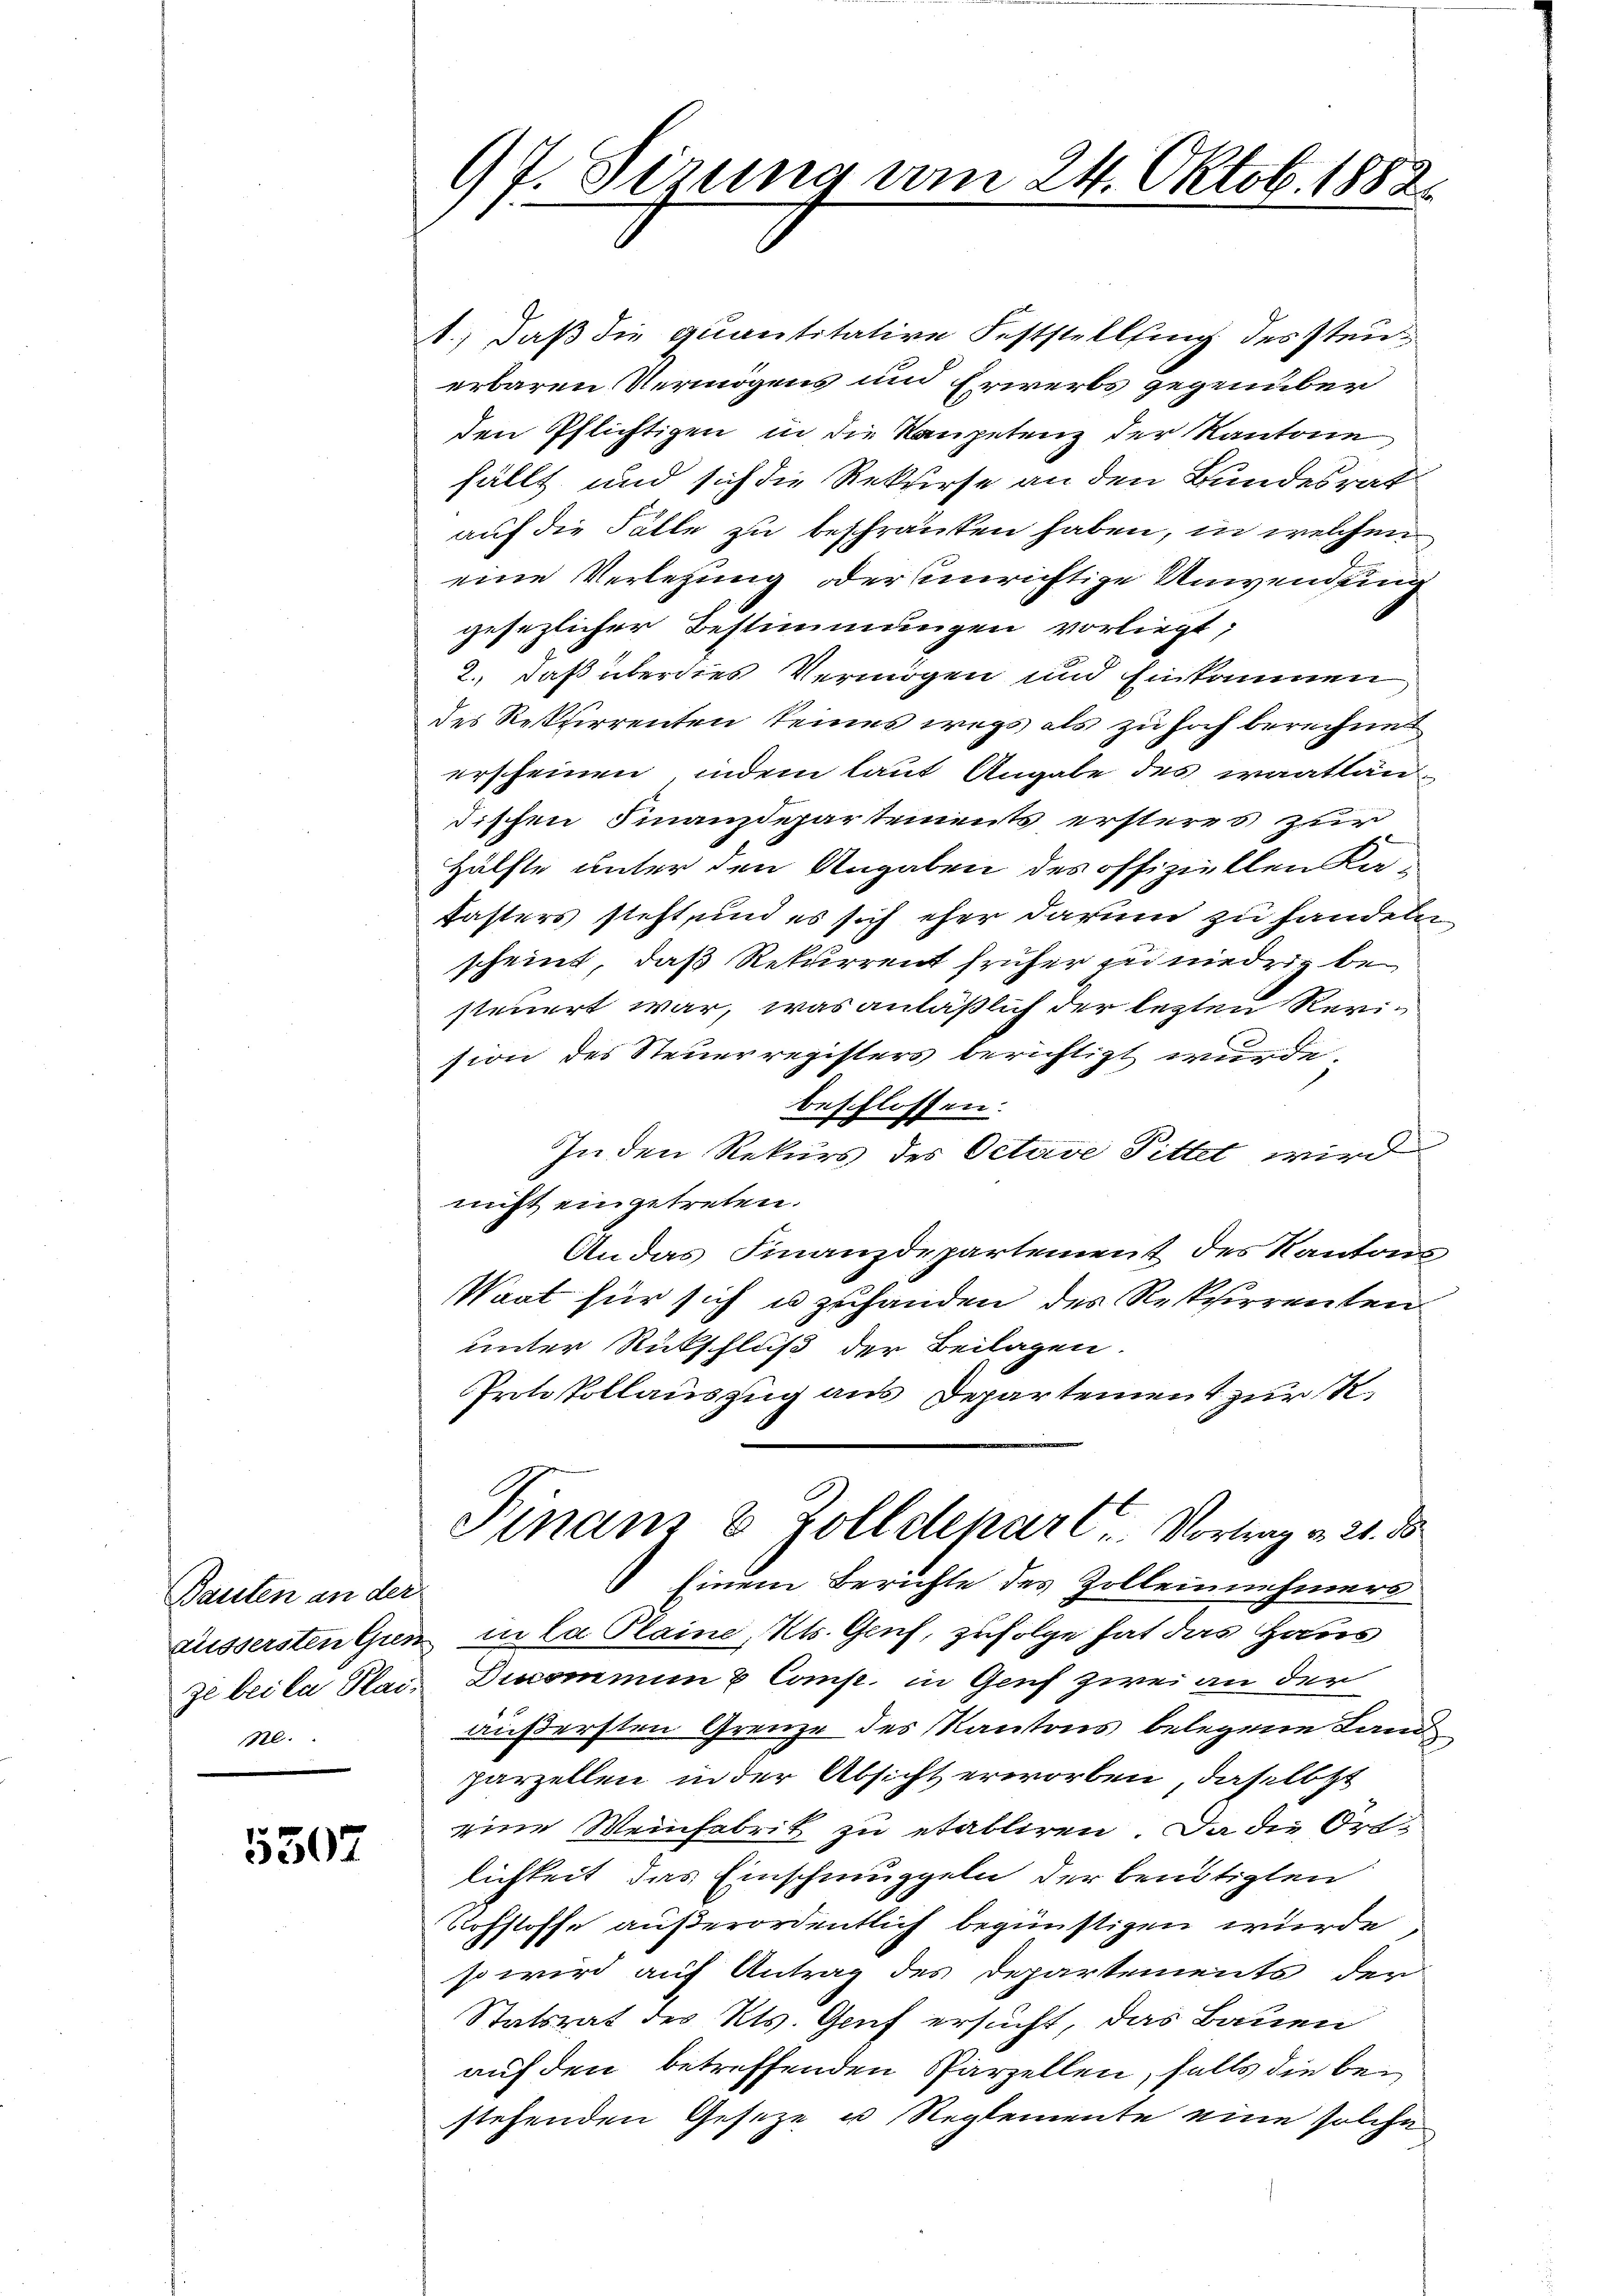
Bauten an der
Nl.

5307

97. Sizung vom 24. Oktob. 1882.

1.) Daß die quantitative Feststellung des Steuerbaren Vermögens und Erwerbs gegenüber
den Pflichtigen in die Raupetenz der Kantone
fällt und sich die Rekurse an den Bundesrat
auf die Fälle zu beschränken haben, in welchen
eine Verlesung oder unrichtige Anwendung
gesezlicher Bestimmungen vorliegt;
2., daß überdies Vermögen und Einkommen
des Rekurrenten keines wegs als zu hoch berechnet
erscheinen, indem laut Angabe des waattändischen Finanzdepartements ersteres zur
Hälfte unter den Angaben des offiziellen Ka¬
Kasters steht, und es sich eher darum zu handeln
scheint, daß Rekurrent früher zu niedrig besteuert war, was anläßlich der lezten Revision des Steuerregisters berichtigt wurde.
beschlossen:
In den Rekurs des Octave Pittet wird
nicht eingetreten.
An das Finanzdepartement des Kantons
Waat für sich u zuhanden des Respirrenten
unter Rückschluß der Beilagen.
Protokollauszug aus Departement zur K.
Finanz & Zolldenart. Vortrag v. 21. ds
Einem Berichte des Zolleinnehmers
äussersten Gun in La Plaine, Kts. Gruf, zufolge hat das Haus
Je beila Plai, Dincominum 8 Comp. in Genf zwei an der
äußersten Grenze des Kantons belegene Land
parzellen in der Absicht erworben, daß letzt
eine Weinfabrik zu etabliren. Da die Ortlichkeit, das Einschmüppeln der benötigten
Rohstoffe außerordentlich begünstigen würde
so wird auf Antrag des Departements der
Statsrat des Kts. Genf ersucht, das Bauen
auf den betreffenden Parzellen, falls die bestehenden Geseze u Reglemente eine solche